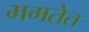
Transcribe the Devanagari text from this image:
ममतेत